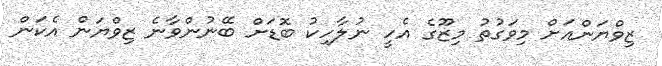
ޒިވްޔަންއަށް މިވަގުތު މިޒޫގެ އެހީ ނުލާހިކު ބޮޑަށް ބޭނުންވާނެ ޒިވްޔަން އެކަން